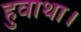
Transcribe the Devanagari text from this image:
हुवाथा।